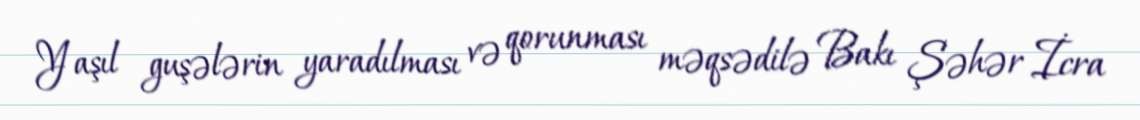
Yaşıl guşələrin yaradılması və qorunması məqsədilə Bakı Şəhər İcra